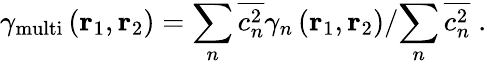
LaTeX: {{\gamma}_{\mathrm{multi}}}\left({\mathbf{r}}_{1},{\mathbf{r}}_{2}\right)={\sum_{n}{\overline{{c_{n}^{2}}}{{\gamma}_{n}}\left({\mathbf{r}}_{1},{\mathbf{r}}_{2}\right)}}/{\sum_{n}{\overline{{c_{n}^{2}}}}}\; .